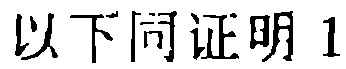
以下同证明 1